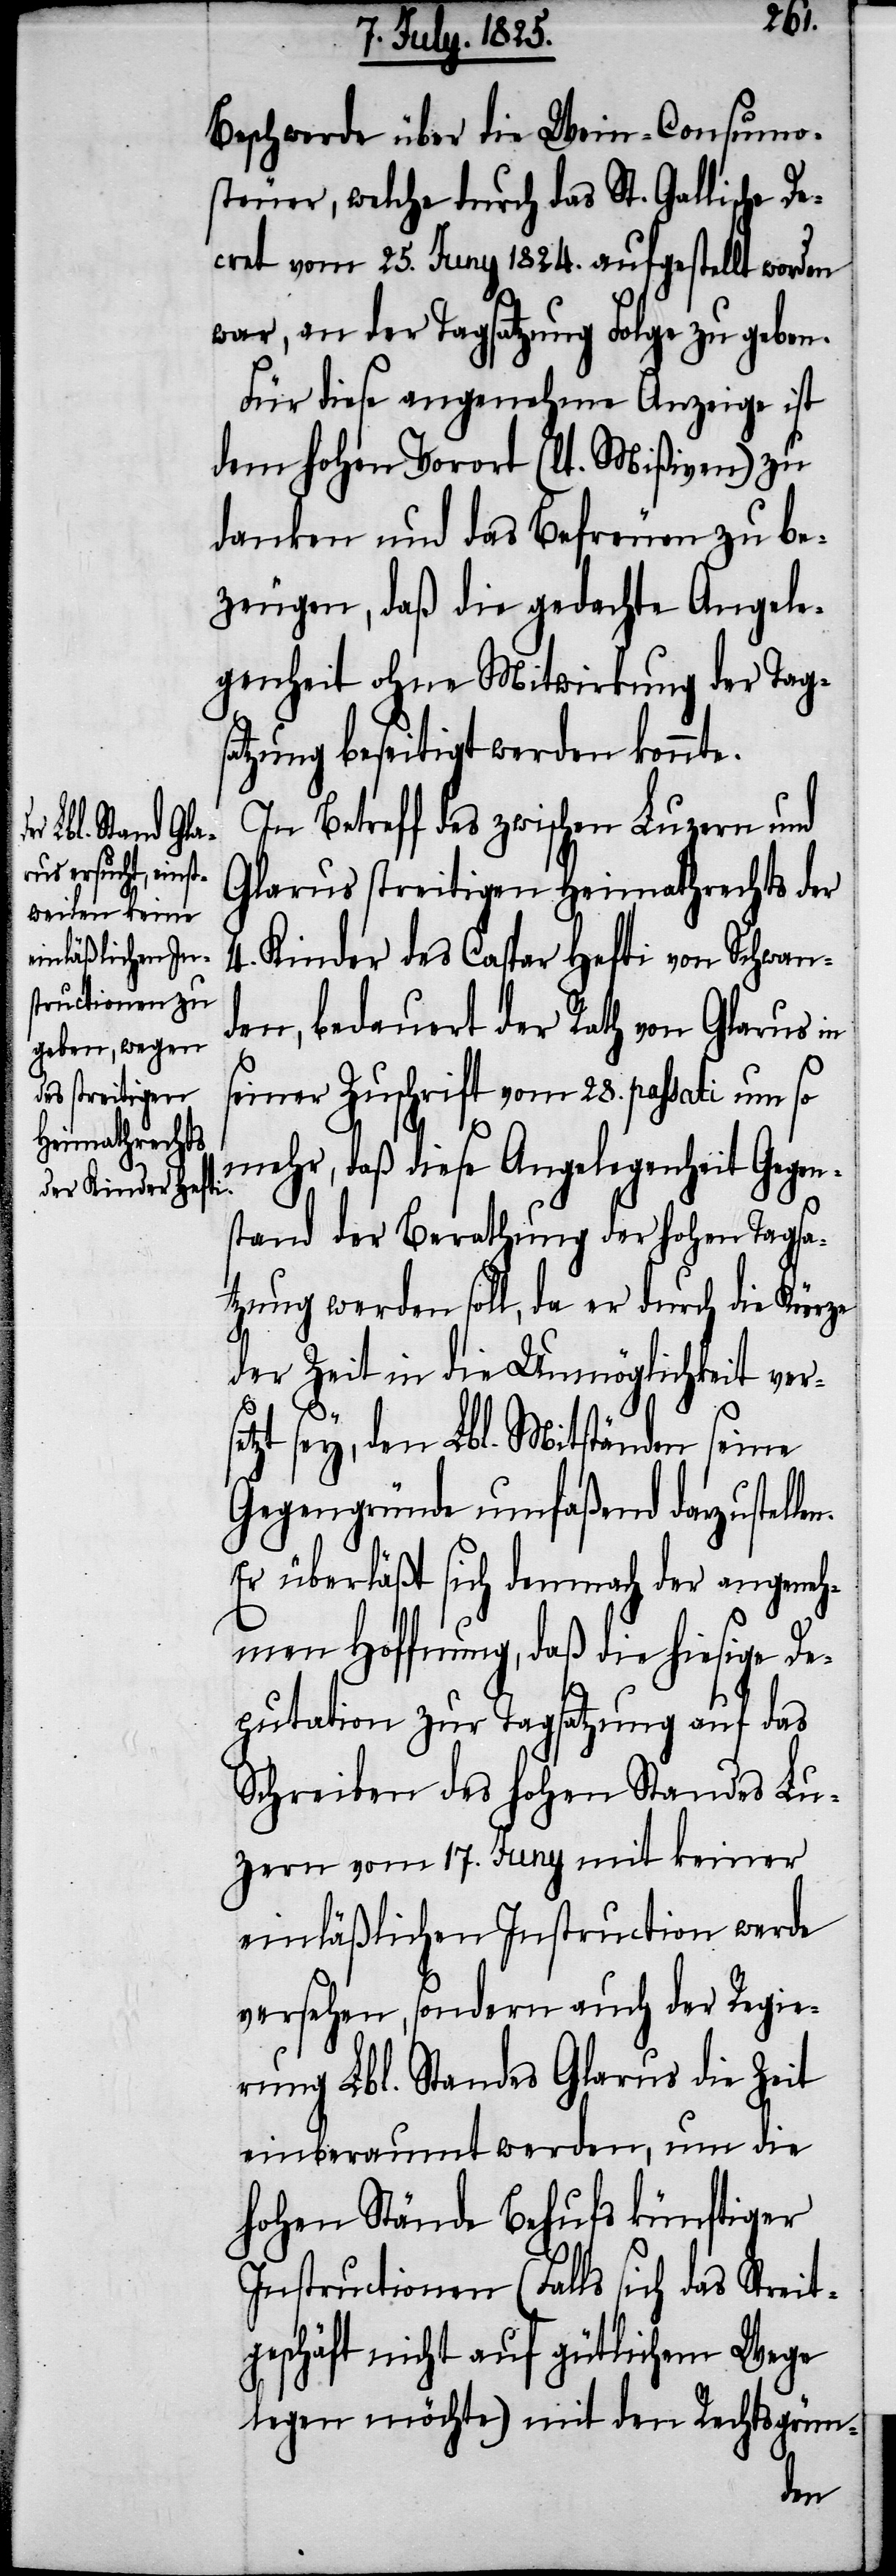
se¬
Beschwerde über die Wein-Consumo¬
steuer, welche durch das St. Gallische De¬
cret vom 25. Juny 1824. aufgestellt worden
war, an der Tagsatzung Folge zu geben.
Für diese angenehme Anzeige ist
dem hohen Vorort (lt. Mißiven) zu
danken und das Befreuen zu be¬
zeugen, daß die gedachte Angele¬
genheit ohne Mitwirkung der Tag¬
satzung beseitigt werden konnte.
In Betreff des zwischen Luzern und
Glarus streitigen Heimathrechts der
4. Kinder des Caspar Hefti von Schwan¬
den, bedauert der Rath von Glarus in
seiner Zuschrift vom 28. passati um so
mehr, daß diese Angelegenheit Gegen¬
stand der Berathung der hohen Tagsa¬
tzung werden soll, da er durch die Kürze
der Zeit in die Unmöglichkeit ver¬
tzt sey, den Lbl. Mitständen seine
Gegengründe umfaßend darzustel¬
Er überläßt sich demnach der angeneh¬
men Hoffnung, daß die hiesige De¬
putation zur Tagsatzung auf das
Schreiben des hohen Standes Lu¬
zern vom 17. Juny mit keiner
einläßlichen Instruction werde
versehen, sondern auch der Regie¬
rung Lbl. Standes Glarus die Zeit
einberaumt werden, um die
hohen Stände Behufs künftiger
Instructionen (Falls sich das Streit¬
geschäft nicht auf gütlichem Wege
legen möchte) mit den Rechtsgrün-
len.